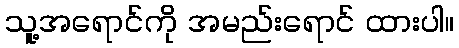
သူ့အရောင်ကို အမည်းရောင် ထားပါ။